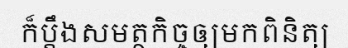
ក៏ប្តឹងសមត្ថកិច្ចឲ្យមកពិនិត្យ